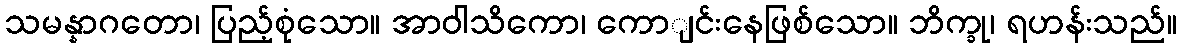
သမန္နာဂတော၊ ပြည့်စုံသော။ အာဝါသိကော၊ ကောျင်းနေဖြစ်သော။ ဘိက္ခု၊ ရဟန်းသည်။